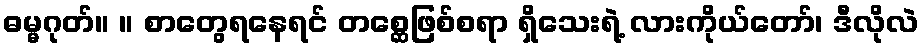
ဓမ္မဂုတ်။ ။ စာတွေရနေရင် တစ္ဆေဖြစ်စရာ ရှိသေးရဲ့ လားကိုယ်တော်၊ ဒီလိုလဲ